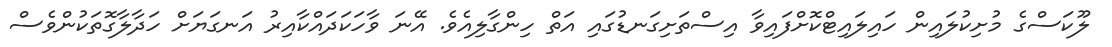
ލޫކަސްގެ މުށިކުލައިން ހައިލައިޓްކޮށްފައިވާ އިސްތަށިގަނޑުގައި އަތް ހިންގާލިއެވެ. އޭނަ ވާހަކަދައްކާއިރު އަނގަޔަށް ހަދާލާގޮތަކުންވެސް